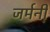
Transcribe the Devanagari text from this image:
जर्मनी़